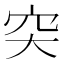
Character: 突